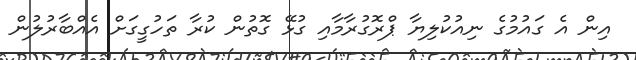
އިން އެ ގައުމުގެ ނިއުކުލިޔާ ޕްރޮގުރާމާއި ގުޅޭ ގޮތުން ކުރާ ތަހުގީގަށް އެއްބާރުލުން